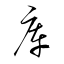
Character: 庫